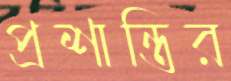
প্রশান্তির